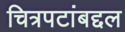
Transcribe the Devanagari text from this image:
चित्रपटांबद्दल